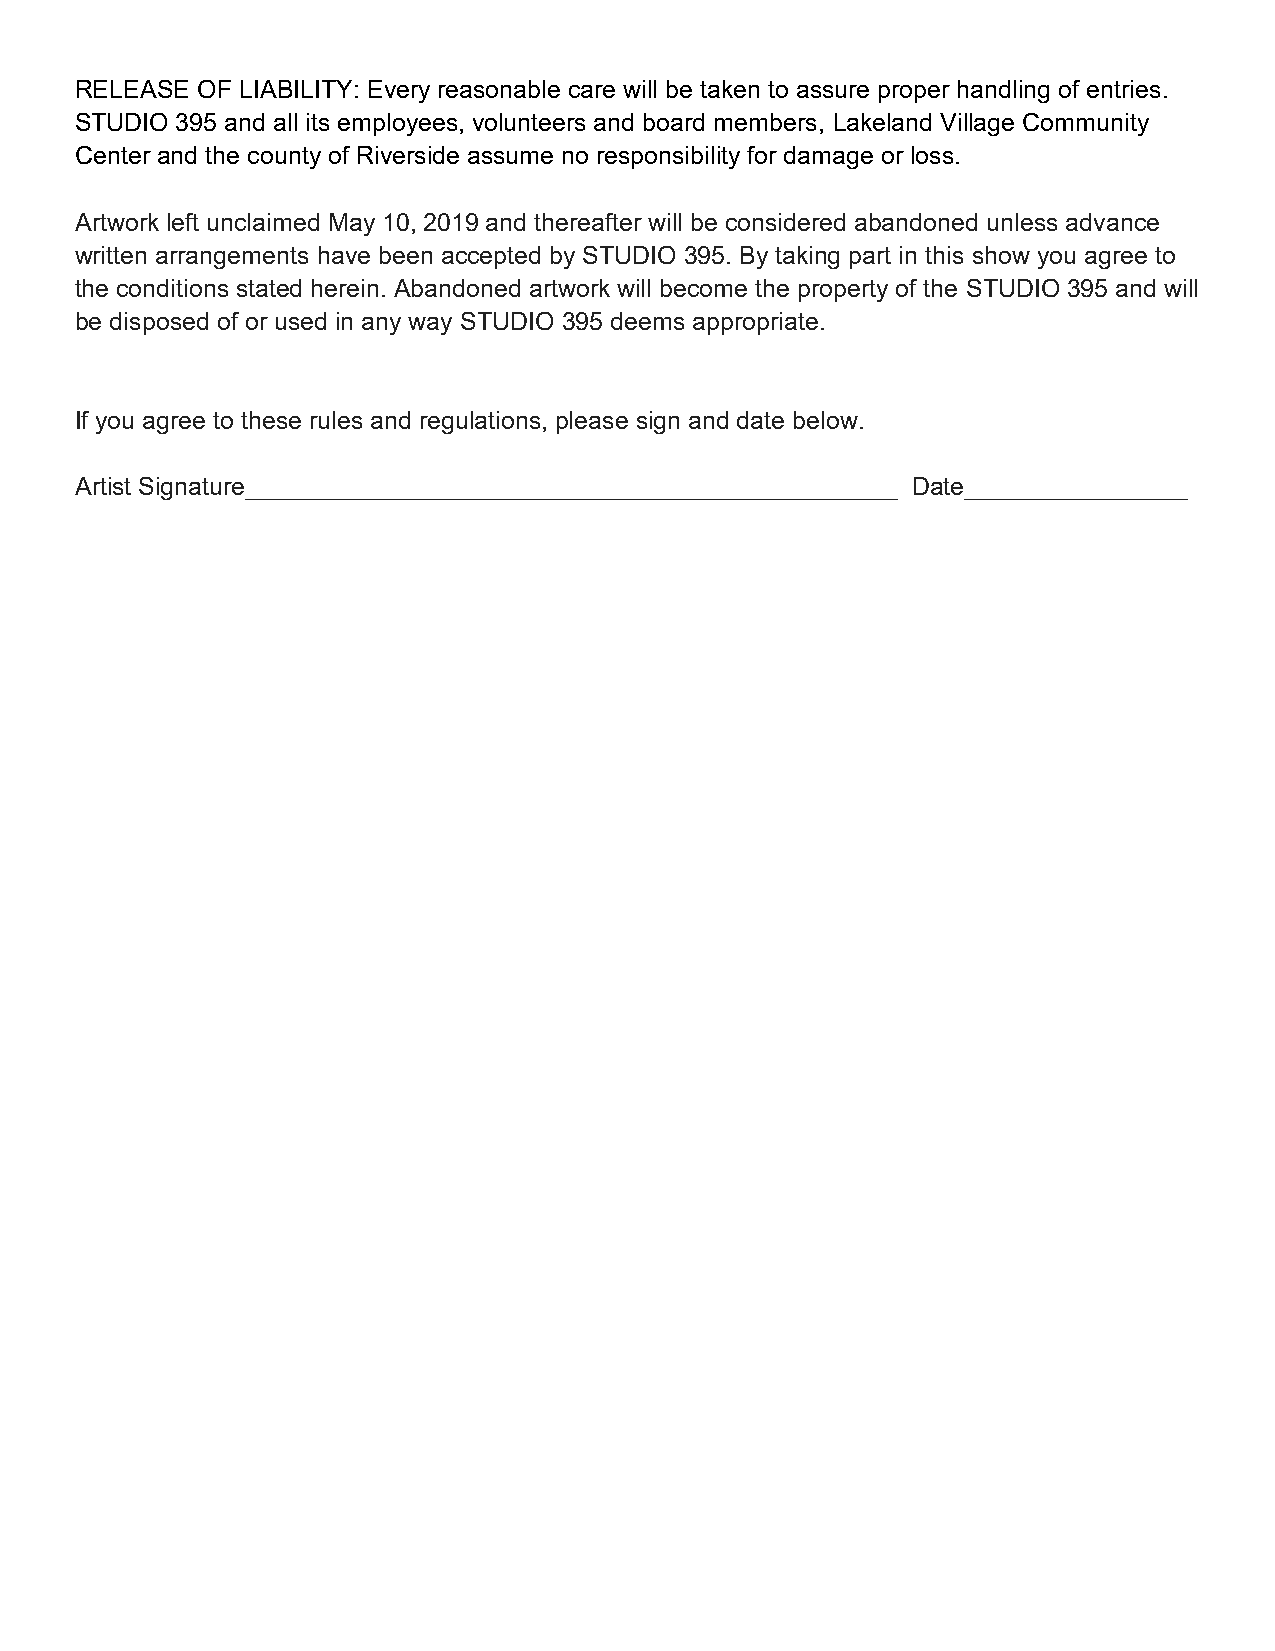
RELEASE OF LIABILITY: Every reasonable care will be taken to assure proper handling of entries.
 STUDIO 395 and all its employees, volunteers and board members, Lakeland Village Community
 Center and the county of Riverside assume no responsibility for damage or loss.
 Artwork left unclaimed May 10, 2019 and thereafter will be considered abandoned unless advance
 written arrangements have been accepted by STUDIO 395. By taking part in this show you agree to
 the conditions stated herein. Abandoned artwork will become the property of the STUDIO 395 and will
 be disposed of or used in any way STUDIO 395 deems appropriate.
 If you agree to these rules and regulations, please sign and date below.
 Artist Signature_______________________________________________ Date________________